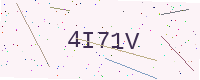
Text: 4I71V